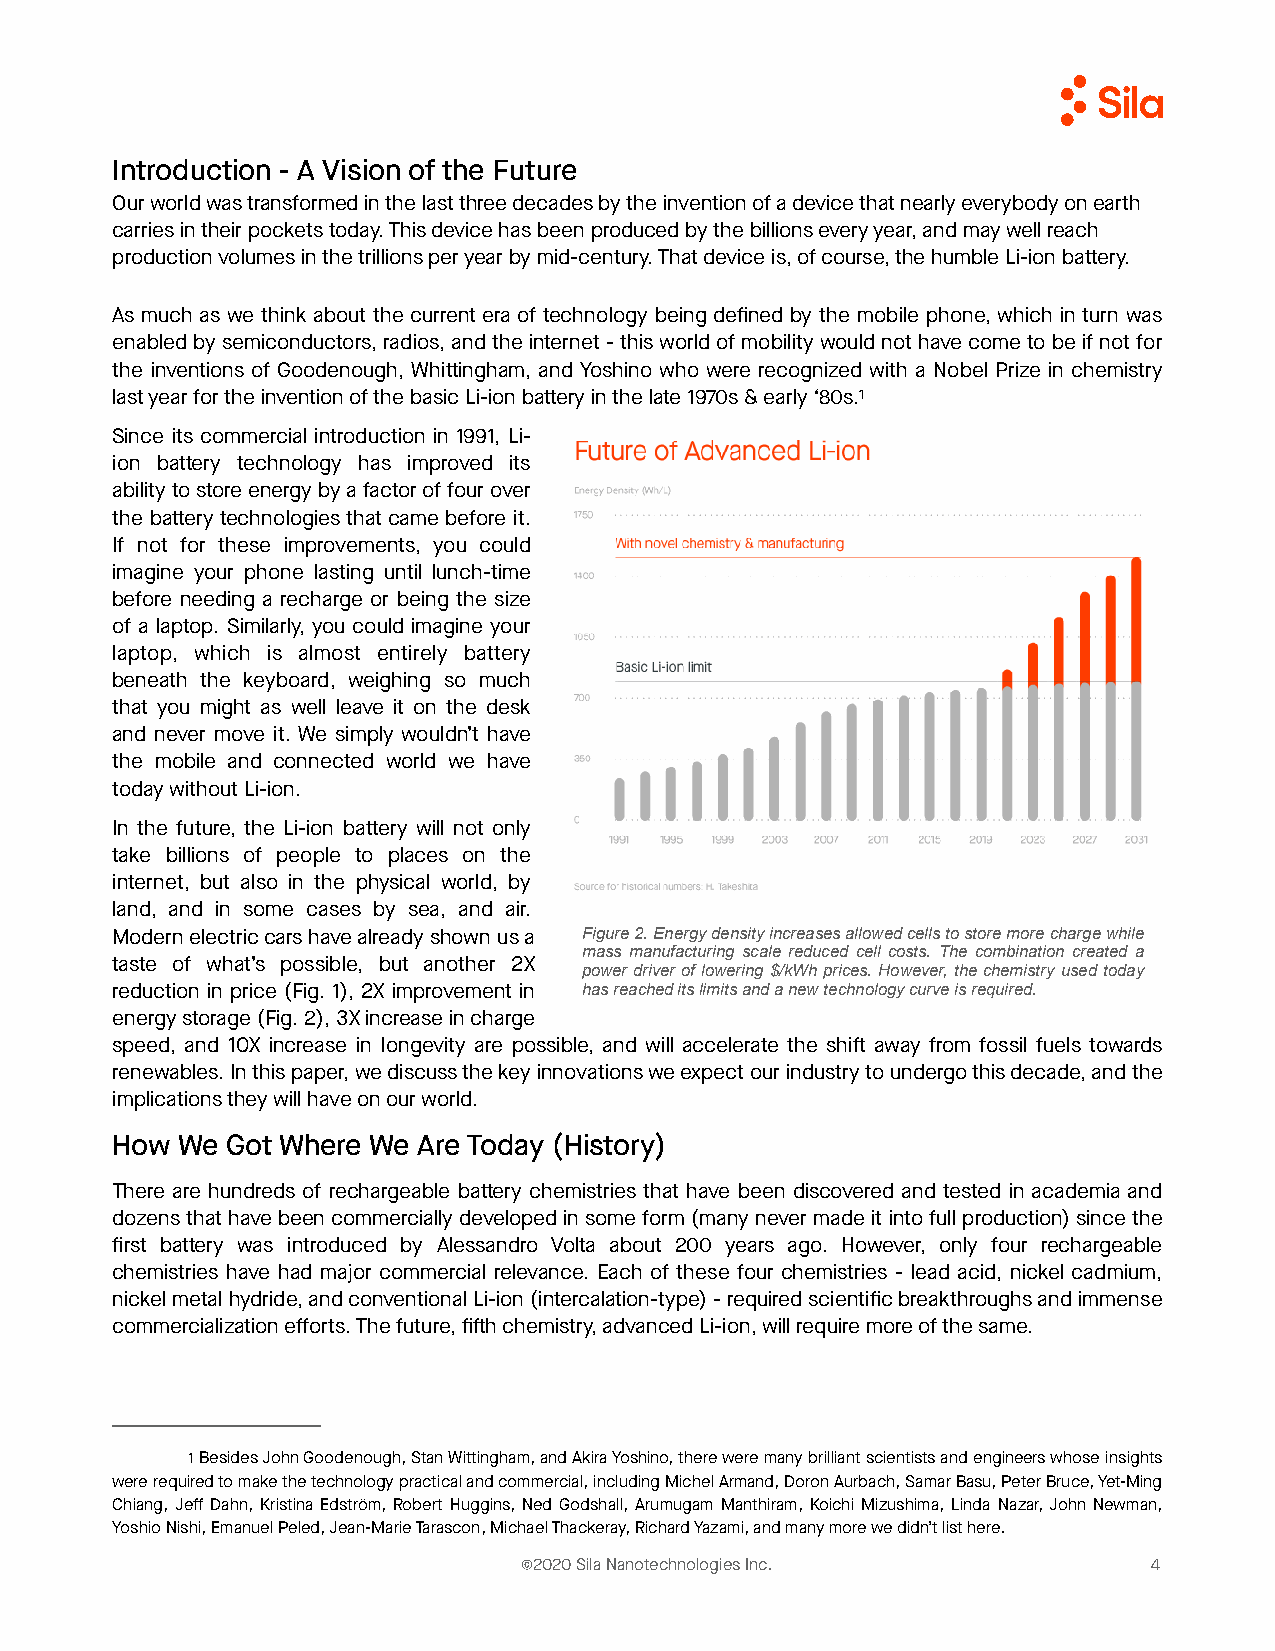
Introduction - A Vision of the Future
 Our world was transformed in the last three decades by the invention of a device that nearly everybody on earth
 carries in their pockets today. This device has been produced by the billions every year, and may well reach
 production volumes in the trillions per year by mid-century. That device is, of course, the humble Li-ion battery.
 As much as we think about the current era of technology being defined by the mobile phone, which in turn was
 enabled by semiconductors, radios, and the internet - this world of mobility would not have come to be if not for
 the inventions of Goodenough, Whittingham, and Yoshino who were recognized with a Nobel Prize in chemistry
 last year for the invention of the basic Li-ion battery in the late 1970s & early ‘80s.1
 Since its commercial introduction in 1991, Li-
 ion battery technology has improved its
 ability to store energy by a factor of four over
 the battery technologies that came before it.
 If not for these improvements, you could
 imagine your phone lasting until lunch-time
 before needing a recharge or being the size
 of a laptop. Similarly, you could imagine your
 laptop, which is almost entirely battery
 beneath the keyboard, weighing so much
 that you might as well leave it on the desk
 and never move it. We simply wouldn’t have
 the mobile and connected world we have
 today without Li-ion.
 In the future, the Li-ion battery will not only
 take billions of people to places on the
 internet, but also in the physical world, by
 land, and in some cases by sea, and air.
 Modern electric cars have already shown us a Figure 2. Energy density increases allowed cells to store more charge while
 mass manufacturing scale reduced cell costs. The combination created a
 taste of what’s possible, but another 2X
 power driver of lowering $/kWh prices. However, the chemistry used today
 reduction in price (Fig. 1), 2X improvement in has reached its limits and a new technology curve is required.
 energy storage (Fig. 2), 3X increase in charge
 speed, and 10X increase in longevity are possible, and will accelerate the shift away from fossil fuels towards
 renewables. In this paper, we discuss the key innovations we expect our industry to undergo this decade, and the
 implications they will have on our world.
 How  We Got Where We Are Today (History)
 There are hundreds of rechargeable battery chemistries that have been discovered and tested in academia and
 dozens that have been commercially developed in some form (many never made it into full production) since the
 first battery was introduced by Alessandro Volta about 200 years ago. However, only four rechargeable
 chemistries have had major commercial relevance. Each of these four chemistries - lead acid, nickel cadmium,
 nickel metal hydride, and conventional Li-ion (intercalation-type) - required scientific breakthroughs and immense
 commercialization efforts. The future, fifth chemistry, advanced Li-ion, will require more of the same.
 1 Besides John Goodenough, Stan Wittingham, and Akira Yoshino, there were many brilliant scientists and engineers whose insights
 were required to make the technology practical and commercial, including Michel Armand, Doron Aurbach, Samar Basu, Peter Bruce, Yet-Ming
 Chiang, Jeff Dahn, Kristina Edström, Robert Huggins, Ned Godshall, Arumugam Manthiram, Koichi Mizushima, Linda Nazar, John Newman,
 Yoshio Nishi, Emanuel Peled, Jean-Marie Tarascon, Michael Thackeray, Richard Yazami, and many more we didn’t list here.
 ©2020 Sila Nanotechnologies Inc.          4